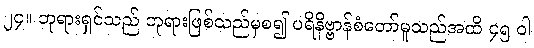
၂၄။ ဘုရားရှင်သည် ဘုရားဖြစ်သည်မှစ၍ ပရိနိဗ္ဗာန်စံတော်မူသည်အထိ ၄၅ ဝါ